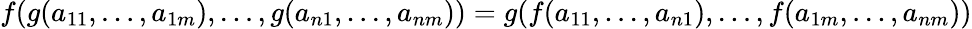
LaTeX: f(g(a_{11},\ldots,a_{1m}),\ldots,g(a_{n1},\ldots,a_{nm}))=g(f(a_{11},\ldots,a_{n1}),\ldots,f(a_{1m},\ldots,a_{nm}))